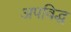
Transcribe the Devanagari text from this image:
अपविद्ध